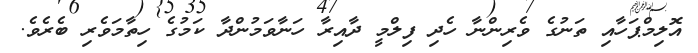
އޮލިމްޕަހާއި ތަނުގެ ވެރިންނާ ހެދި ފިލްމީ ދާއިރާ ހަނާވަމުންދާ ކަމުގެ ހިތާމަވެރި ބެރެވެ.